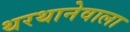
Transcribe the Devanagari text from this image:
थरथानेवाला